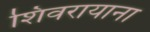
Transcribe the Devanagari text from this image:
शिवरायाना